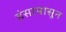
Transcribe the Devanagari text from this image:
हंसापासून